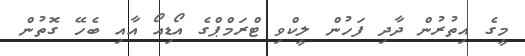
މީގެ އިތުރުން ދާދި ފަހުން ލީކްވި ޓްރަމްޕްގެ އޯޑިއޯ އާއި ބެހޭ ގޮތުން